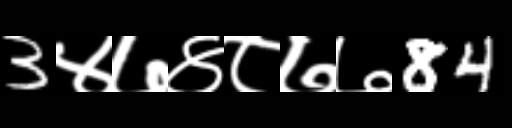
Text: 3४७४८७७84